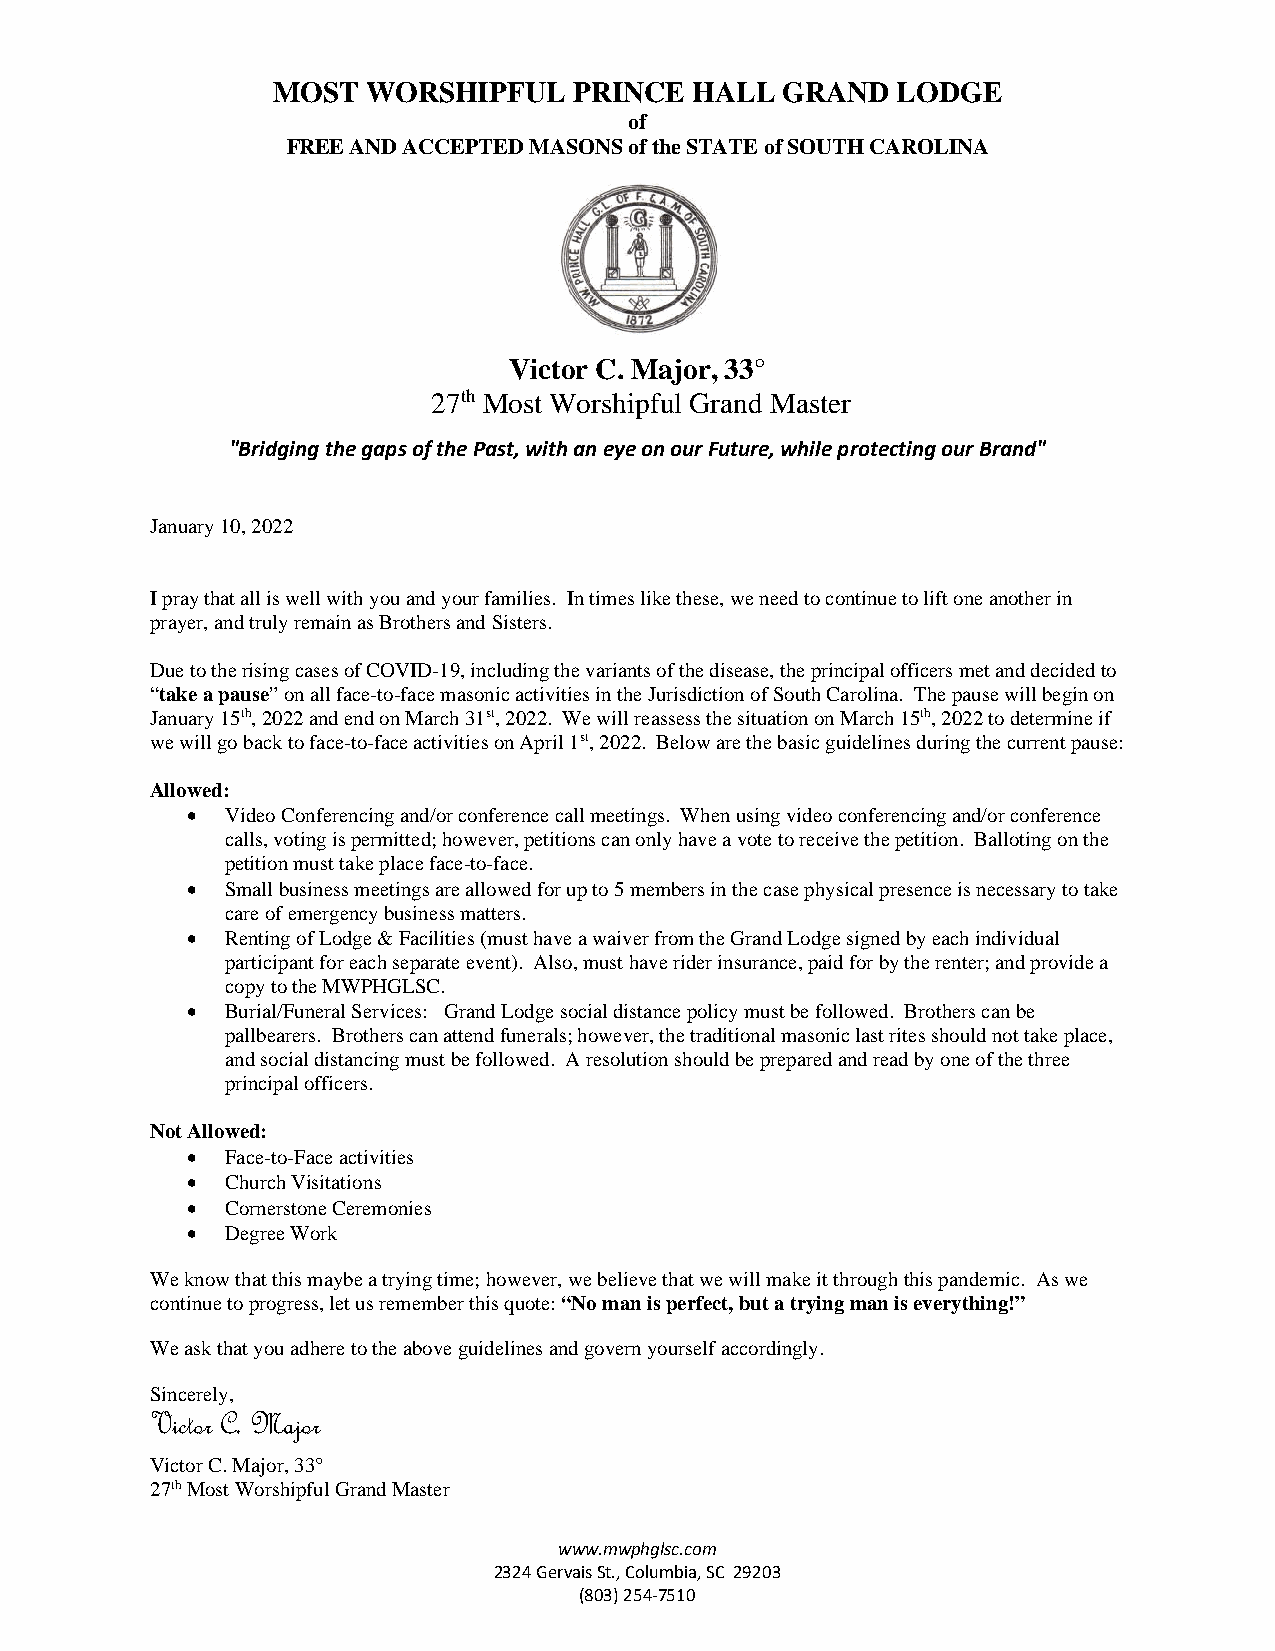
MOST  WORSHIPFUL    PRINCE  HALL  GRAND  LODGE
 of
 FREE AND ACCEPTED MASONS of the STATE of SOUTH CAROLINA
 Victor C. Major, 33°
 27th Most Worshipful Grand Master
 "Bridging the gaps of the Past, with an eye on our Future, while protecting our Brand"
 January 10, 2022
 I pray that all is well with you and your families. In times like these, we need to continue to lift one another in
 prayer, and truly remain as Brothers and Sisters.
 Due to the rising cases of COVID-19, including the variants of the disease, the principal officers met and decided to
 “take a pause” on all face-to-face masonic activities in the Jurisdiction of South Carolina. The pause will begin on
 January 15th, 2022 and end on March 31st, 2022. We will reassess the situation on March 15th, 2022 to determine if
 we will go back to face-to-face activities on April 1st, 2022. Below are the basic guidelines during the current pause:
 Allowed:
 •  Video Conferencing and/or conference call meetings. When using video conferencing and/or conference
 calls, voting is permitted; however, petitions can only have a vote to receive the petition. Balloting on the
 petition must take place face-to-face.
 •  Small business meetings are allowed for up to 5 members in the case physical presence is necessary to take
 care of emergency business matters.
 •  Renting of Lodge & Facilities (must have a waiver from the Grand Lodge signed by each individual
 participant for each separate event). Also, must have rider insurance, paid for by the renter; and provide a
 copy to the MWPHGLSC.
 •  Burial/Funeral Services: Grand Lodge social distance policy must be followed. Brothers can be
 pallbearers. Brothers can attend funerals; however, the traditional masonic last rites should not take place,
 and social distancing must be followed. A resolution should be prepared and read by one of the three
 principal officers.
 Not Allowed:
 •  Face-to-Face activities
 •  Church Visitations
 •  Cornerstone Ceremonies
 •  Degree Work
 We know that this maybe a trying time; however, we believe that we will make it through this pandemic. As we
 continue to progress, let us remember this quote: “No man is perfect, but a trying man is everything!”
 We ask that you adhere to the above guidelines and govern yourself accordingly.
 Sincerely,
 Victor C. Major
 Victor C. Major, 33°
 27th Most Worshipful Grand Master
 www.mwphglsc.com
 2324 Gervais St., Columbia, SC 29203
 (803) 254-7510